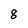
Character: 8